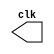
//`timescale 1ns / 1ps
//////////////////////////////////////////////////////////////////////////////////
// Company: 
// Engineer: 
// 
// Design Name: 
// Module Name: clock
// Project Name: 
// Target Devices: 
// Tool Versions: 
// Description: 
// 
// Dependencies: 
// 
// Revision:
// Revision 0.01 - File Created
// Additional Comments:
// 
//////////////////////////////////////////////////////////////////////////////////

`timescale 1ns/100ps
module clock(clk);
    output clk;
    reg clk;

    initial
        #5 clk = 1;
    always 
        #5 clk = ~clk;
endmodule